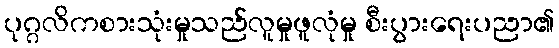
ပုဂ္ဂလိကစားသုံးမှုသည်လူမှုဖူလုံမှု စီးပွားရေးပညာ၏